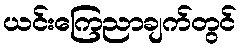
ယင်းကြေညာချက်တွင်